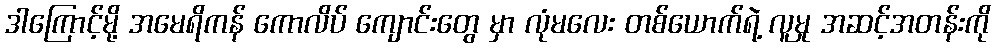
ဒါကြောင့်မို့ အမေရိကန် ကောလိပ် ကျောင်းတွေ မှာ လုံမလေး တစ်ယောက်ရဲ့ လူမှု အဆင့်အတန်းကို